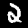
Label: 2